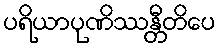
ပရိယာပုဏိဿန္တီတိပေ